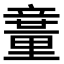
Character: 𥪽